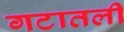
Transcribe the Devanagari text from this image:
गटातली